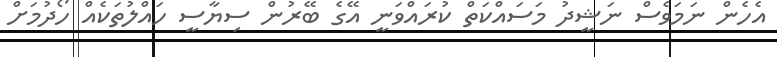
އެހެން ނަމަވެސް ނަޝީދު މަސައްކަތް ކުރައްވަނީ އޭގެ ބޭރުން ސިޔާސީ ހައްލުތަކެއް ހޯދުމަށް